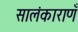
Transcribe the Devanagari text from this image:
सालंकाराणँ